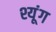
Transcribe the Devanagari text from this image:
श्यूंग